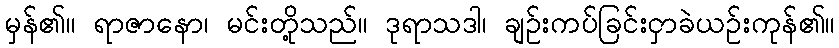
မှန်၏။ ရာဇာနော၊ မင်းတို့သည်။ ဒုရာသဒါ၊ ချဉ်းကပ်ခြင်းငှာခဲယဉ်းကုန်၏။